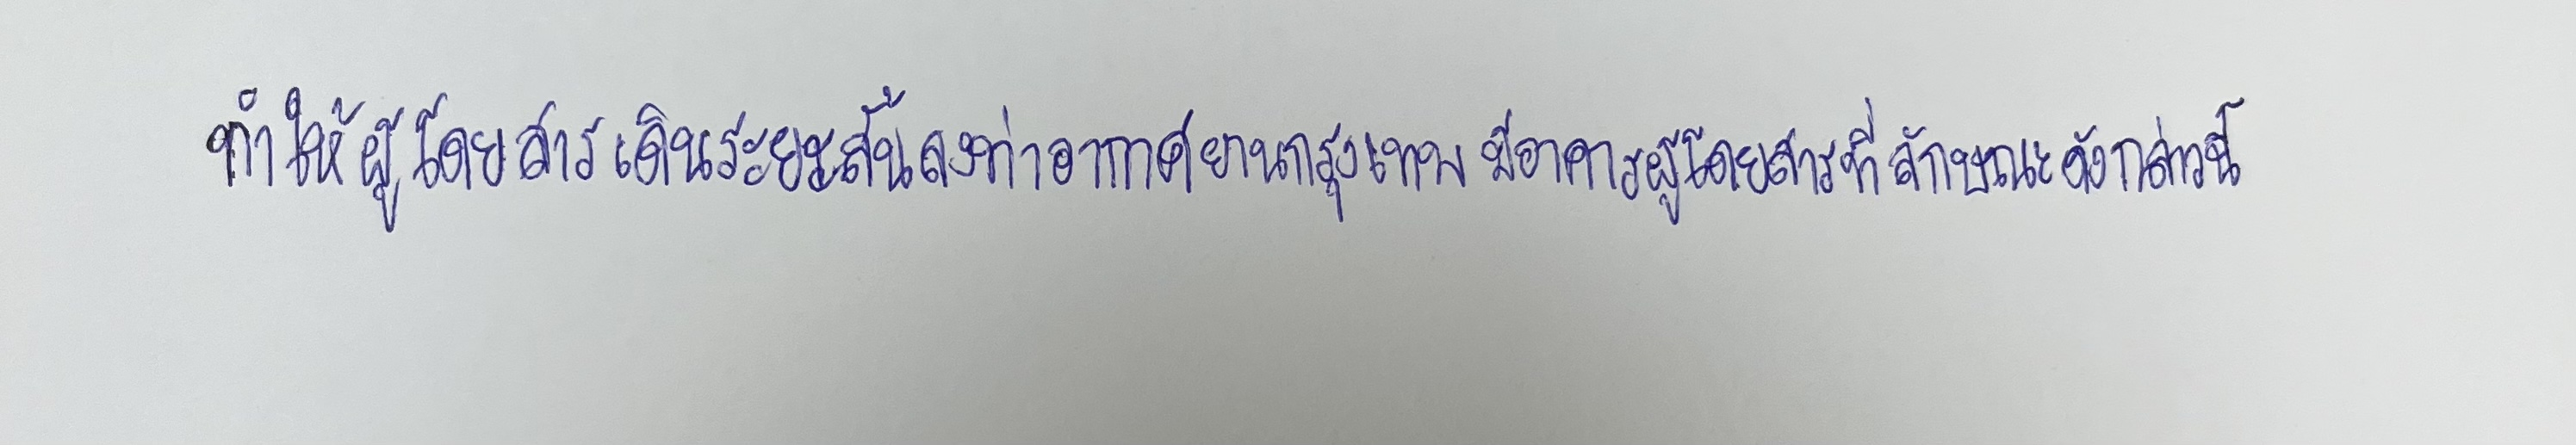
ทำให้ผู้โดยสารเดินระยะสั้นลงท่าอากาศยานกรุงเทพมีอาคารผู้โดยสารที่เป็นลักษณะดังกล่าวนี้